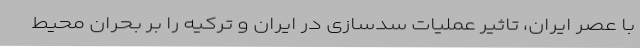
با عصر ایران، تاثیر عملیات سدسازی در ایران و ترکیه را بر بحران محیط